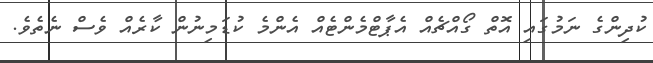
ކުދިންގެ ނަމުގައި އޮތް ގޯއްޗެއް އެޕާޓްމެންޓެއް އެންމެ ކުޑަމިނުން ކާރެއް ވެސް ނެތެވެ.